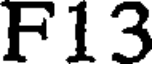
F13